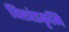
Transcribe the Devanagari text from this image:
विखंडकृमि